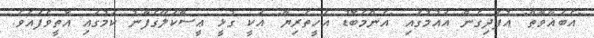
"އެބަޣާވާތް" އުފެދިގެން އައުމުގައި "އެންމެބޮޑު އެހީތެރިޔާ" އަކީ ގުޅީ ޢީސާކަލޭގެފާނު ކަމުގައި އޮތީވެފައެވެ.